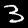
Digit: 3